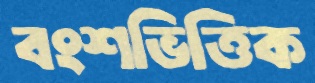
বংশভিত্তিক